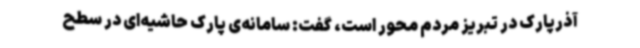
آذرپارک در تبریز مردم محور است، گفت: سامانه‌ی پارک حاشیه‌ای در سطح